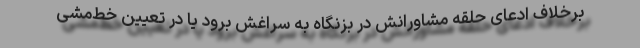
برخلاف ادعای حلقه مشاورانش در بزنگاه به سراغش برود یا در تعیین خط‌مشی